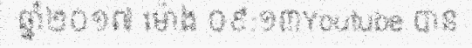
ឆ្នាំ២០១៧ ម៉ោង ០៩:១៣Youtube បាន